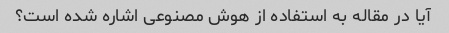
آیا در مقاله به استفاده از هوش مصنوعی اشاره شده است؟